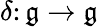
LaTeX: \delta\colon{\mathfrak{g}}\rightarrow{\mathfrak{g}}